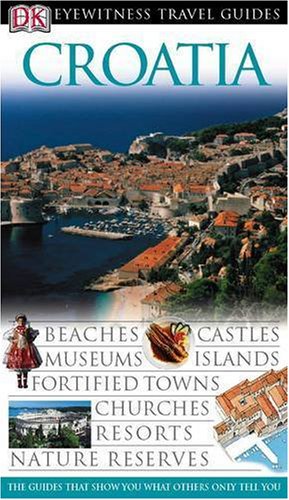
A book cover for Croatia (DK Eyewitness Travel Guide); Leandro Zoppe; Travel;